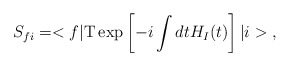
\begin{align*}S_{fi}=<f|{\rm T}\exp \left[ -i\int dtH_{I}(t)\right] |i>\;, \end{align*}